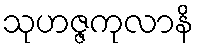
သုဟဇ္ဇကုလာနိ